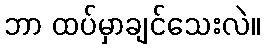
ဘာ ထပ်မှာချင်သေးလဲ။